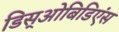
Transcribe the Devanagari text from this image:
डिस्‌ओबिडिएंस